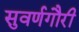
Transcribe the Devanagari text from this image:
सुवर्णगौरी